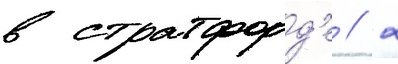
в стратфорд'е // 2